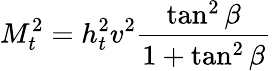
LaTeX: M_{t}^{2}=h_{t}^{2}v^{2}\frac{\tan^{2}{\beta}}{1+\tan^{2}{\beta}}